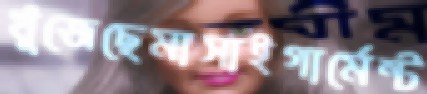
খুঁজেছেমাসাইগার্মেন্ট